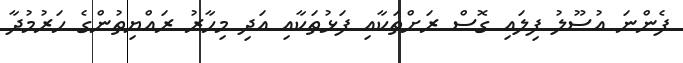
ފެންނަ އުސޫލު ފިލައި ގޮސް ރަށްތަކާއި ފަޅުތަކާއި އަދި މިހާރު ރައްޔިތުންގެ ހަރުމުދާ